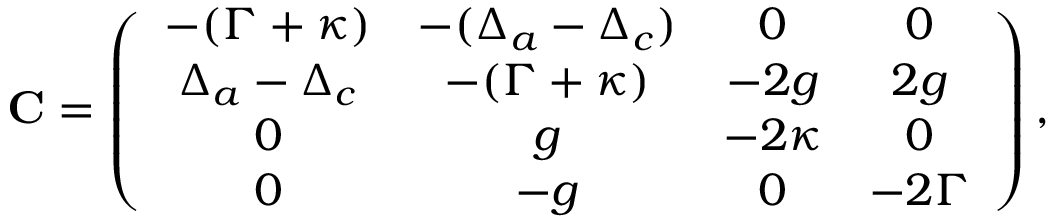
\mathbf { C } = \left( \begin{array} { c c c c } { - ( \Gamma + \kappa ) } & { - ( \Delta _ { a } - \Delta _ { c } ) } & { 0 } & { 0 } \\ { \Delta _ { a } - \Delta _ { c } } & { - ( \Gamma + \kappa ) } & { - 2 g } & { 2 g } \\ { 0 } & { g } & { - 2 \kappa } & { 0 } \\ { 0 } & { - g } & { 0 } & { - 2 \Gamma } \end{array} \right) ,